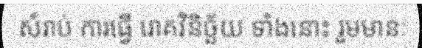
សំរាប់ ការធ្វើ រោគវិនិច្ឆ័យ ទាំងនោះ រួមមានៈ